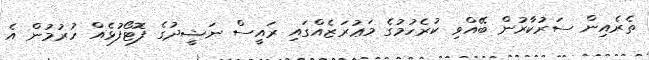
ތެރެއިން ސަރުކާރުން ބޭއްވި ކުރެހުމުގެ މަޢުރަޒެއްގައި ރައީސް ނަޝީދުގެ ފޮޓޯފުޅެއް ހުރުމުން އެ